Vaccination in Bombay 1863-1868 - 1863-1868
Year: 1863
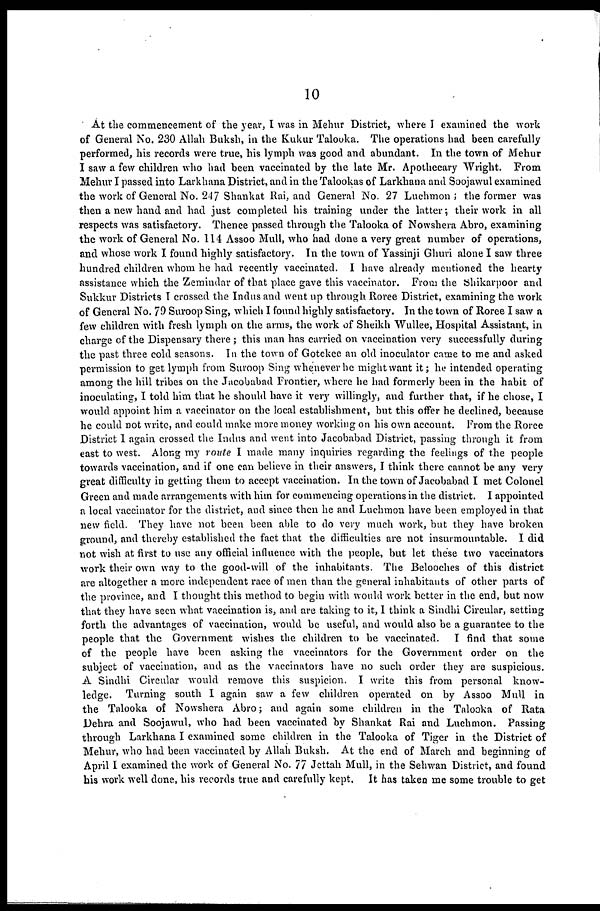
10
At the commencement of the year, I was in Mehur District, where I examined the work
of General No. 230 Allah Buksh, in the Kukur Talooka. The operations had been carefully
performed, his records were true, his lymph was good and abundant. In the town of Mehur
I saw a few children who had been vaccinated by the late Mr. Apothecary Wright. From
Mehur I passed into Larkhana District, and in the Talookas of Larkhana and Soojawul examined
the work of General No. 247 Shankat Rai, and General No. 27 Luchmon ; the former was
then a new hand and had just completed his training under the latter; their work in all
respects was satisfactory. Thence passed through the Talooka of Nowshera Abro, examining
the work of General No. 114 Assoo Mull, who had done a very great number of operations,
and whose work I found highly satisfactory. In the town of Yassinji Ghuri alone I saw three
hundred children whom he had recently vaccinated. I have already mentioned the hearty
assistance which the Zemindar of that place gave this vaccinator. From the Shikarpoor and
Sukkur Districts I crossed the Indus and went up through Roree District, examining the work
of General No. 79 Suroop Sing, which I found highly satisfactory. In the town of Roree I saw a
few children with fresh lymph on the arms, the work of Sheikh Wullee, Hospital Assistant, in
charge of the Dispensary there ; this man has carried on vaccination very successfully during
the past three cold seasons. In the town of Gotekee an old inoculator came to me and asked
permission to get lymph from Suroop Sing whenever he might want it; he intended operating
among the hill tribes on the Jacobabad Frontier, where he had formerly been in the habit of
inoculating, I told him that he should have it very willingly, and further that, if he chose, I
would appoint him a vaccinator on the local establishment, but this offer he declined, because
he could not write, and could make more money working on his own account. From the Roree
District I again crossed the Indus and went into Jacobabad District, passing through it from
east to west. Along my route I made many inquiries regarding the feelings of the people
towards vaccination, and if one can believe in their answers, I think there cannot be any very
great difficulty in getting them to accept vaccination. In the town of Jacobabad I met Colonel
Green and made arrangements with him for commencing operations in the district. I appointed
a local vaccinator for the district, and since then he and Luchmon have been employed in that
new field. They have not been been able to do very much work, but they have broken
ground, and thereby established the fact that the difficulties are not insurmountable. I did
not wish at first to use any official influence with the people, but let these two vaccinators
work their own way to the good-will of the inhabitants. The Belooches of this district
are altogether a more independent race of men than the general inhabitants of other parts of
the province, and I thought this method to begin with would work better in the end, but now
that they have seen what vaccination is, and are taking to it, I think a Sindhi Circular, setting
forth the advantages of vaccination, would be useful, and would also be a guarantee to the
people that the Government wishes the children to be vaccinated.
I find that some
of the people have been asking the vaccinators for the Government order on the
subject of vaccination, and as the vaccinators have no such order they are suspicious.
A Sindhi Circular would remove this suspicion. I write this from personal know-
ledge. Turning south I again saw a few children operated on by Assoo Mull in
the Talooka of Nowshera Abro; and again some children in the Talooka of Rata
Dehra and Soojawul, who had been vaccinated by Shankat Rai and Luchmon. Passing
through Larkhana I examined some children in the Talooka of Tiger in the District of
Mehur, who had been vaccinated by Allah Buksh. At the end of March and beginning of
April I examined the work of General No. 77 Jettah Mull, in the Sehwan District, and found
his work well done, his records true and carefully kept.
It has taken me some trouble to get